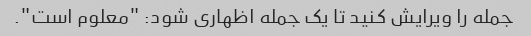
جمله را ویرایش کنید تا یک جمله اظهاری شود: "معلوم است".